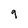
Character: q